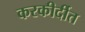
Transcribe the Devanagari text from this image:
करकीर्दीत